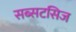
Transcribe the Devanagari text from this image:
सब्सटसिज